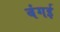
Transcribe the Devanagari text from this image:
बंगई